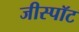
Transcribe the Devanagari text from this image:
जीस्पॉट